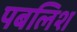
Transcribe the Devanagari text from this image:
पबलिश